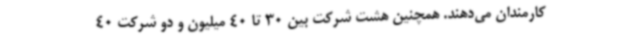
کارمندان می‌دهند. همچنین هشت شرکت بین 30 تا 40 میلیون و دو شرکت 40